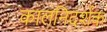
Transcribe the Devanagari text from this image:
कालनिदर्शक